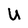
Character: U